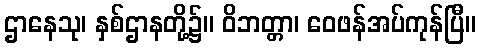
ဌာနေသု၊ နှစ်ဌာနတို့၌။ ဝိဘတ္တာ၊ ဝေဖန်အပ်ကုန်ပြီ။